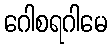
ဂေါစရဂါမေ